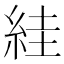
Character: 絓